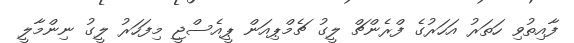
ފާއިތުވި ހަތަރު އަހަރުގެ ފްރެންޗް ލީގު ޗެމްޕިއަން ޕީއެސްޖީ މިފަހަރު ލީގު ނިންމާލީ